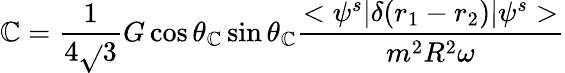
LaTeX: \mathbb{C}={\frac{{1}}{{4\sqrt{}{{3}}}}}G\cos\theta_{\mathbb{C}}\sin\theta_{\mathbb{C}}{\frac{{<\psi^{s}|\delta(r_{1}-r_{2})|\psi^{s}>}}{{m^{2}R^{2}\omega}}}